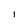
Character: i